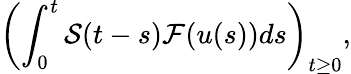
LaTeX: \left(\displaystyle\int_{0}^{t}\mathcal{S}(t-s)\mathcal{F}(u(s))ds\right)_{t\geq 0},